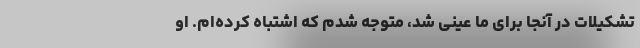
تشکیلات در آنجا برای ما عینی شد، متوجه شدم که اشتباه کرده‌ام. او